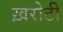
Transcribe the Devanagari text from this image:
ख़रोटी